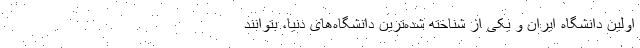
اولین دانشگاه ایران و یکی از شناخته شده‌ترین دانشگاه‌های دنیا، بتوانند